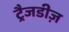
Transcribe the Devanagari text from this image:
ट्रैजडीज़